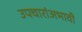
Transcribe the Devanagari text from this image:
उपचारांअभावी